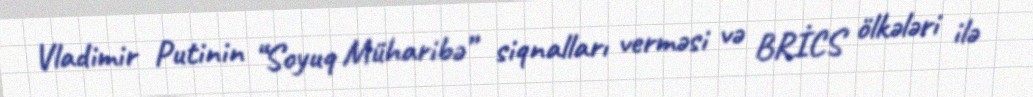
Vladimir Putinin “Soyuq Müharibə” siqnalları verməsi və BRİCS ölkələri ilə